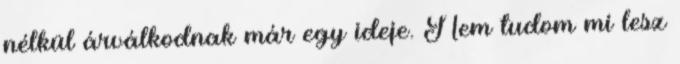
nélkül árválkodnak már egy ideje. Nem tudom mi lesz